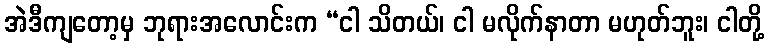
အဲဒီကျတော့မှ ဘုရားအလောင်းက “ငါ သိတယ်၊ ငါ မလိုက်နာတာ မဟုတ်ဘူး၊ ငါတို့